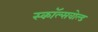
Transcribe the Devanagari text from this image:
स्कॉल्सवोल्ड